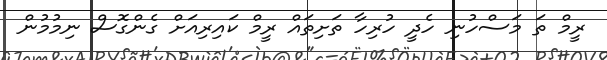
ރީމް ތަ މަސްހުނި ހެދީ ހުރިހާ ތަށިތައް ރީމް ކައިރިއަށް ގެންގޮސް ނިމުމުން